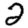
Digit: 2